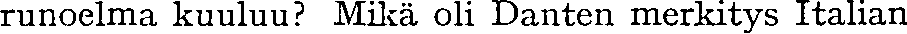
runoelma kuuluu? Mikä oli Danten merkitys Italian